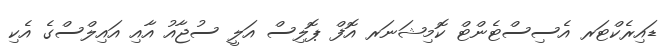
ޑައިރެކްޓަރ އެސިސްޓެންޓް ކޮމިޝަނަރ އޮފް ޕޮލިސް އަލީ ސުޖާއު އާއި އައިލްސްގެ އެކި